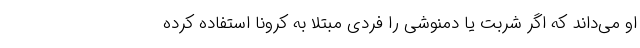
او می‌داند که اگر شربت یا دمنوشی را فردی مبتلا به کرونا استفاده کرده